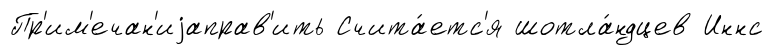
Пр'им'ечан'иjаправ'ить Счита́етс'я шотла́ндцев Иннс